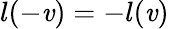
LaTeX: l(-\mathit{v})=-l(\mathit{v})